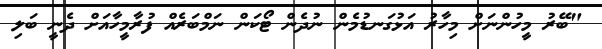
"ބޭރު މީހުންނަށް މިހާރު އަޅުގަނޑުމެން ނުދެން ޓޯކަން ނަމްބަރެއް ފުރާމީހާއަށް ދެނީ ބަލި